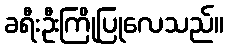
ခရီးဦးကြိုပြုလေသည်။